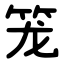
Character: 笼